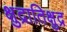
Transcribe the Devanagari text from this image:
क्षुद्रातिक्षुद्र